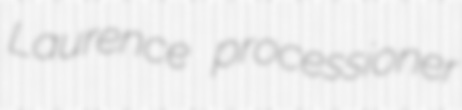
Laurence processioner